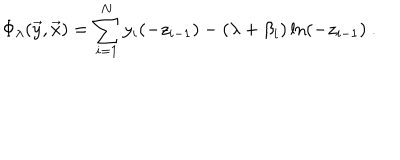
LaTeX: \Phi _ { \lambda } ( { \vec { y } } , { \vec { x } } ) = \sum _ { i = 1 } ^ { N } y _ { i } ( - z _ { i - 1 } ) - ( \lambda + \beta _ { i } ) \ln ( - z _ { i - 1 } ) ~ .